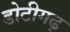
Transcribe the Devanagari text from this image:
डोटीगढ़